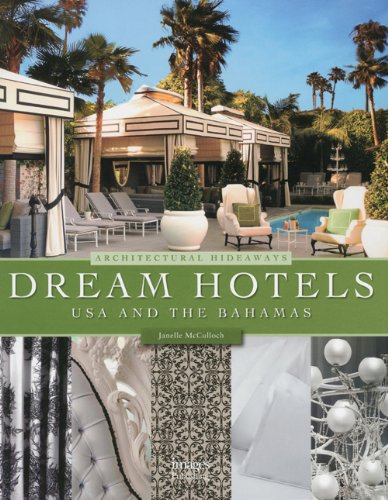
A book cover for Dream Hotels USA & The Bahamas: Architectural Hideaways; Janelle McCulloc; Travel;